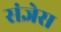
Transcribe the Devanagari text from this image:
संज्ञेस